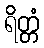
ရိတ္တံ